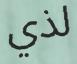
لذي